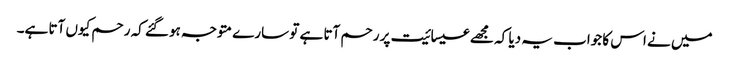
میں نے اس کا جواب یہ دیا کہ مجھے عیسائیت پر رحم آتا ہے تو سارے متوجہ ہوگئے کہ رحم کیوں آتا ہے۔